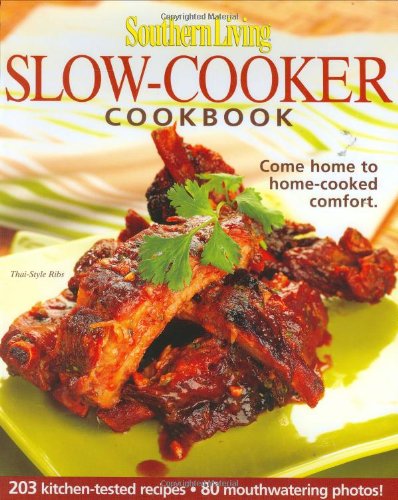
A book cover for Southern Living: Slow-Cooker Cookbook: 203 Kitchen-Tested Recipes - 80 Mouthwatering Photos! (Southern Living (Hardcover Oxmoor)); Editors of Southern Living Magazine; Cookbooks, Food & Wine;